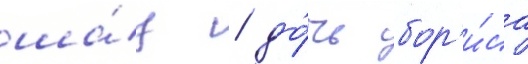
ша́ц / до́чь бор'и́са